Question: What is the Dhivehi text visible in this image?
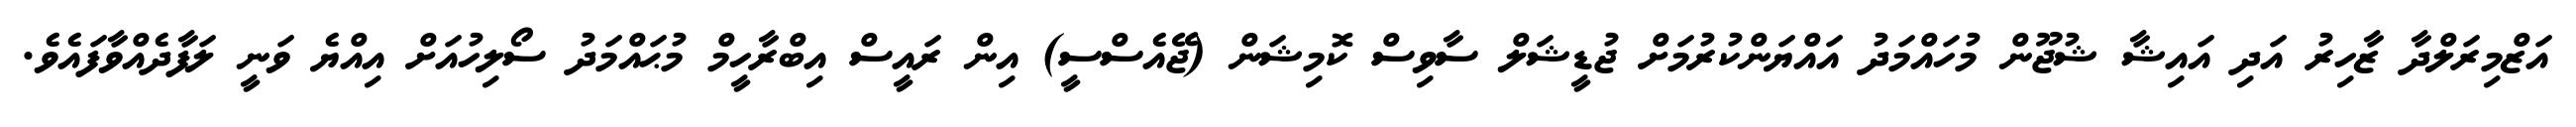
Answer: އަޒްމިރަލްދާ ޒާހިރު އަދި އައިޝާ ޝުޖޫން މުހައްމަދު އައްޔަންކުރުމަށް ޖުޑީޝަލް ސާވިސް ކޮމިޝަން (ޖޭއެސްސީ) އިން ރައީސް އިބްރާހީމް މުޙައްމަދު ސޯލިހުއަށް އިއްޔެ ވަނީ ލަފާދެއްވާފައެވެ.